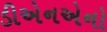
ડીએનએનો